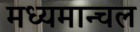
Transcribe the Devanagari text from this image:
मध्यमान्चल